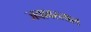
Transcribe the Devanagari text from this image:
जवाबरलाल